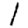
Digit: 1